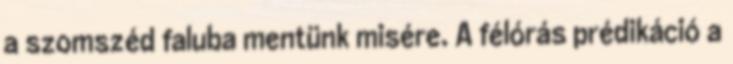
a szomszéd faluba mentünk misére. A félórás prédikáció a